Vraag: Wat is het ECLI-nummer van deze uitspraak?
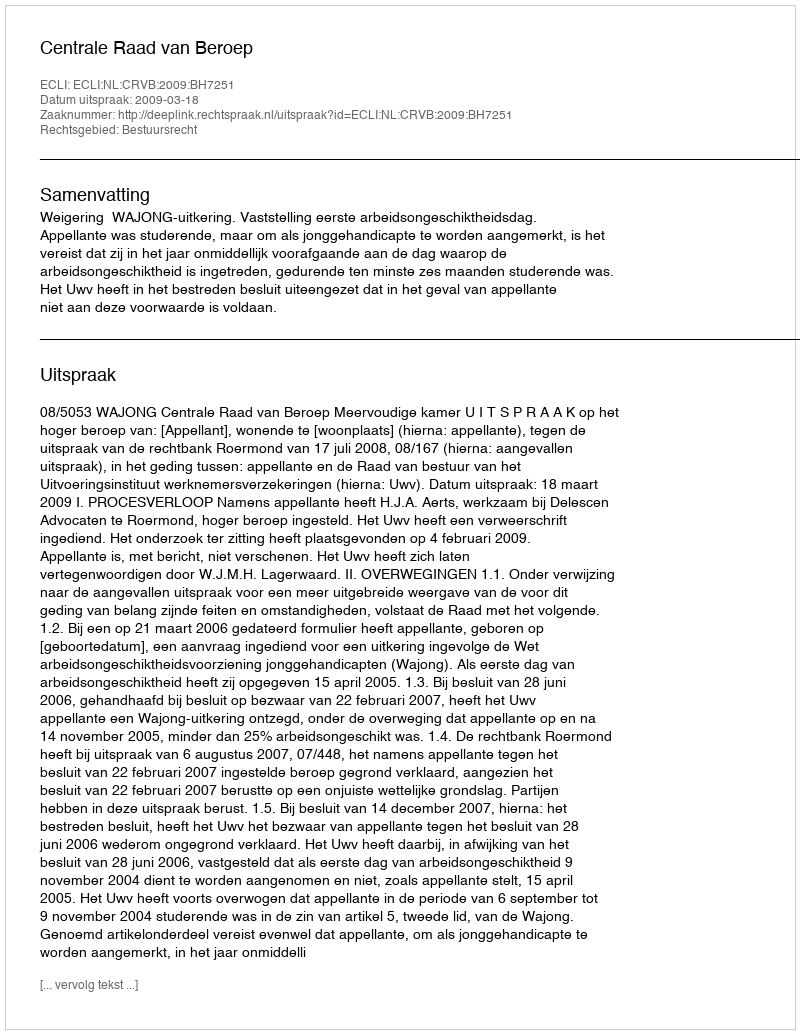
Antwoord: ECLI:NL:CRVB:2009:BH7251